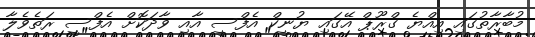
މުބާރާތުގައި އިއްޔެ ގްރޫޕް އޭގައި ޔުނީކް އެފްސީ އާއި ވާދަކޮށް އެފްސީ ރަތެވެލާ